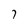
Character: 7